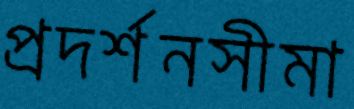
প্রদর্শনসীমা